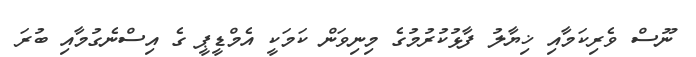
ނޫސް ވެރިކަމާއި ޚިޔާލު ފާޅުކުރުމުގެ މިނިވަން ކަމަކީ އެމްޑީޕީ ގެ އިސްނެގުމާއި ބުރަ